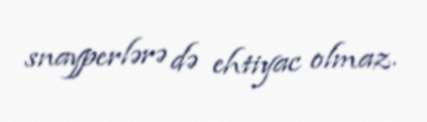
snayperlərə də ehtiyac olmaz.